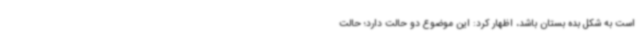
است به شکل بده بستان باشد، اظهار کرد: این موضوع دو حالت دارد؛ حالت